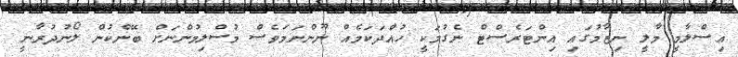
އިސްލާމީ މާލީ ނިޒާމުގައި އިންޓަރެސްޓް ނެގުމަކީ ހުއްދަކަމެއް ނޫންނަމަވެސް މުސްލިމުންނަށް ބޭންކުން ލޯނުދުރާނީ